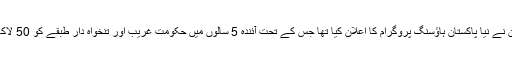
وزیراعظم عمران خان نے نیا پاکستان ہاؤسنگ پروگرام کا اعلان کیا تھا جس کے تحت آئندہ 5 سالوں میں حکومت غریب اور تنخواہ دار طبقے کو 50 لاکھ گھر بنا کر دے گی۔